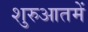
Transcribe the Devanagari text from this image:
शुरुआतमें